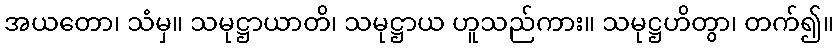
အယတော၊ သံမှ။ သမုဋ္ဌာယာတိ၊ သမုဋ္ဌာယ ဟူသည်ကား။ သမုဋ္ဌဟိတွာ၊ တက်၍။